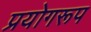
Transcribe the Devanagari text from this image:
प्रयोगरूप